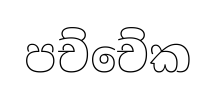
පච්චේක